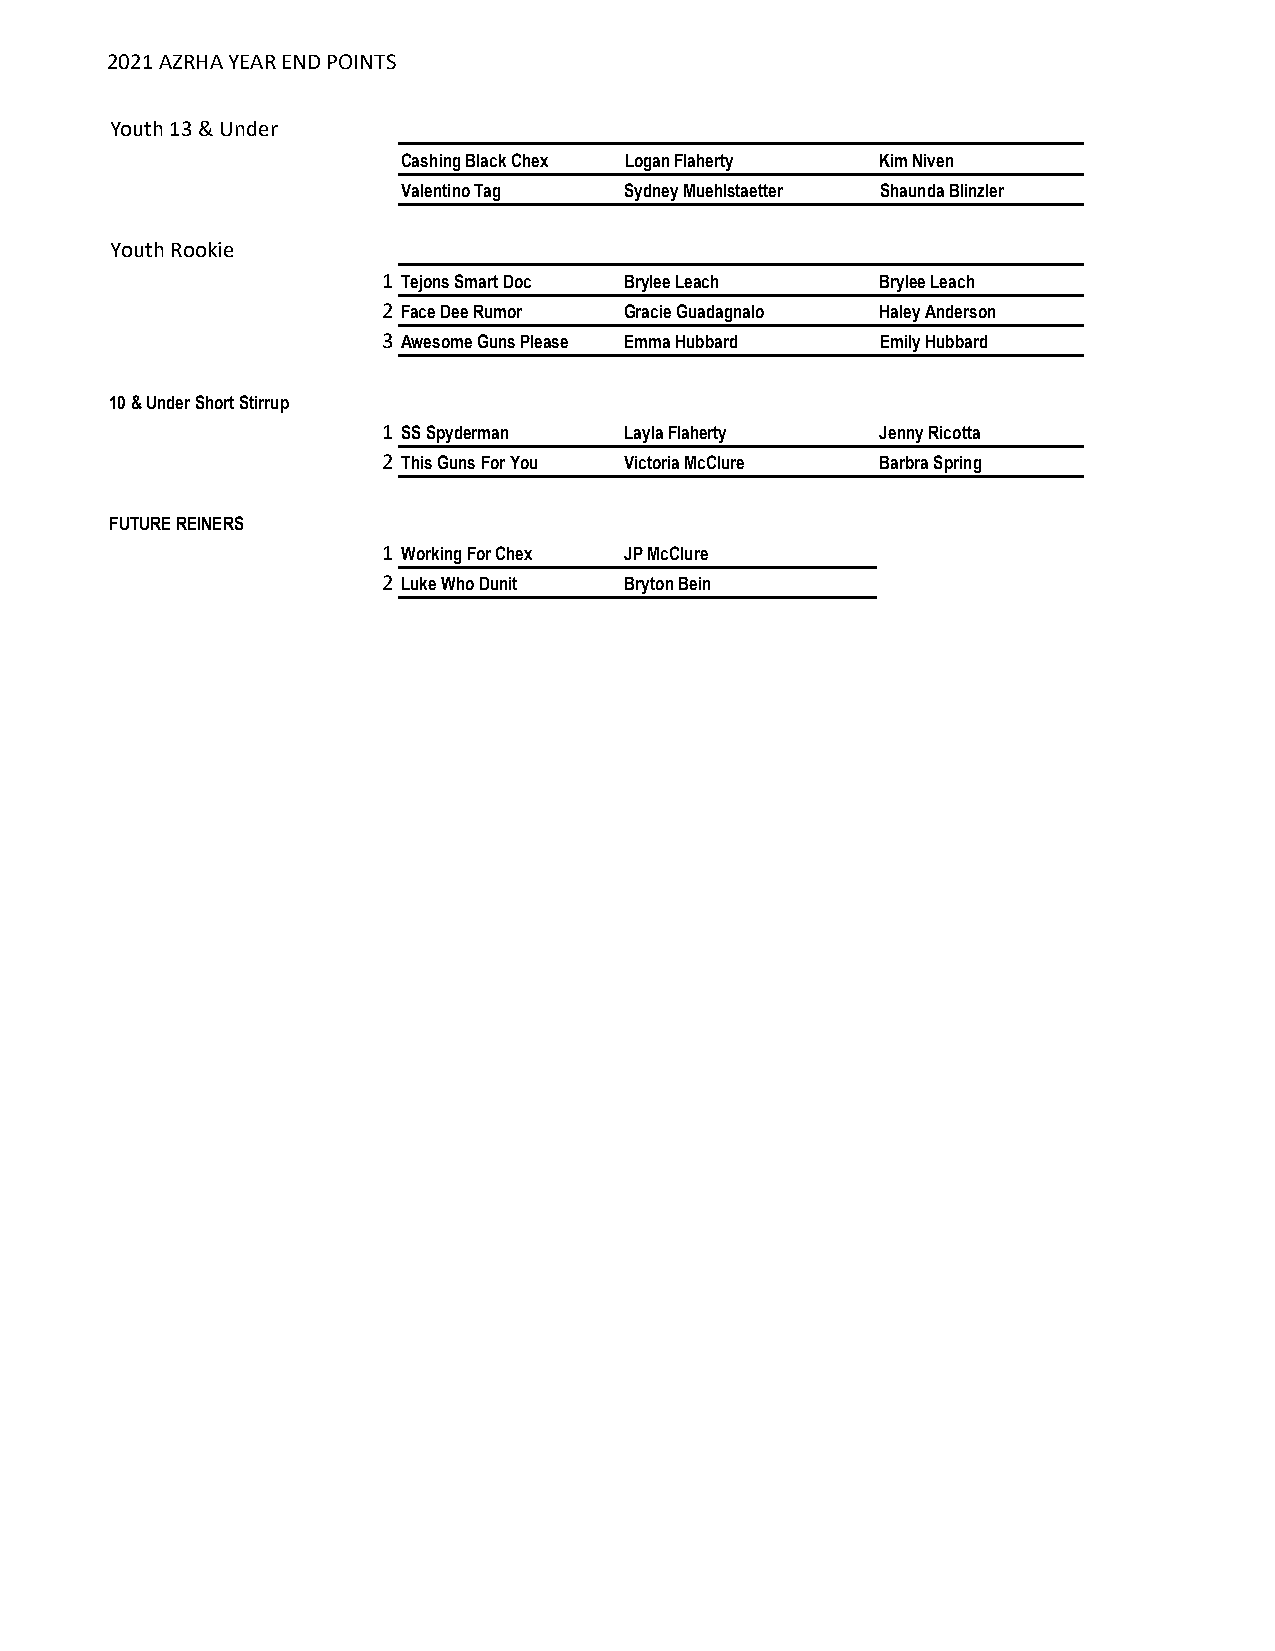
2021 AZRHA YEAR END POINTS
 Youth 13 & Under
 Cashing Black Chex Logan Flaherty Kim Niven
 Valentino Tag Sydney Muehlstaetter Shaunda Blinzler
 Youth Rookie
 1 Tejons Smart Doc Brylee Leach  Brylee Leach
 2 Face Dee Rumor Gracie Guadagnalo Haley Anderson
 3 Awesome Guns Please Emma Hubbard Emily Hubbard
 10 & Under Short Stirrup
 1 SS Spyderman  Layla Flaherty   Jenny Ricotta
 2 This Guns For You Victoria McClure Barbra Spring
 FUTURE REINERS
 1 Working For Chex JP McClure
 2 Luke Who Dunit Bryton Bein